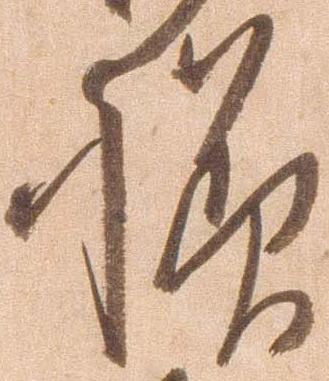
様